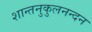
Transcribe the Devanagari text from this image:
शान्तनुकुलनन्दन